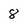
Character: 8